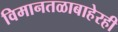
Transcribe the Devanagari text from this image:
विमानतळाबाहेरही